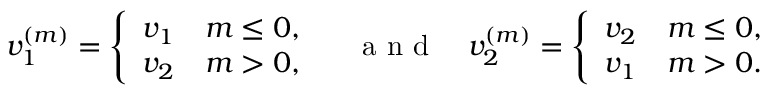
\begin{array} { r } { v _ { 1 } ^ { ( m ) } = \left\{ \begin{array} { l l } { v _ { 1 } } & { m \leq 0 , } \\ { v _ { 2 } } & { m > 0 , } \end{array} \right. \quad \mathrm { ~ a ~ n ~ d ~ } \quad v _ { 2 } ^ { ( m ) } = \left\{ \begin{array} { l l } { v _ { 2 } } & { m \leq 0 , } \\ { v _ { 1 } } & { m > 0 . } \end{array} \right. } \end{array}